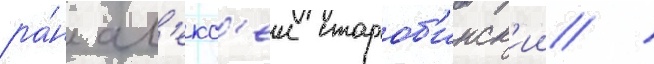
ра́н ал'екс'еи староб'инск'ии /